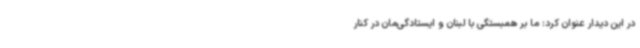
در این دیدار عنوان کرد: ما بر همبستگی با لبنان و ایستادگی‌مان در کنار